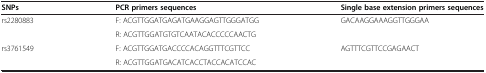
<table><thead><tr><td><b>SNPs</b></td><td><b>PCR primers sequences</b></td><td><b>Single base extension primers sequences</b></td></tr></thead><tbody><tr><td>rs2280883</td><td>F: ACGTTGGATGAGATGAAGGAGTTGGGATGG</td><td>GACAAGGAAAGGTTGGGAA</td></tr><tr><td> </td><td colspan="2">R: ACGTTGGATGTGTCAATACACCCCCAACTG</td></tr><tr><td>rs3761549</td><td>F: ACGTTGGATGACCCCACAGGTTTCGTTCC</td><td>AGTTTCGTTCCGAGAACT</td></tr><tr><td> </td><td colspan="2">R: ACGTTGGATGACATCACCTACCACATCCAC</td></tr></tbody></table>